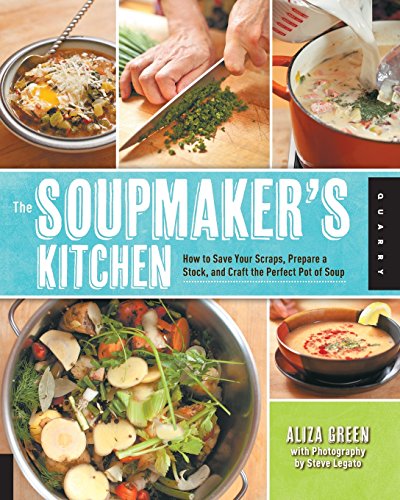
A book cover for The Soupmaker's Kitchen: How to Save Your Scraps, Prepare a Stock, and Craft the Perfect Pot of Soup; Aliza Green; Cookbooks, Food & Wine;